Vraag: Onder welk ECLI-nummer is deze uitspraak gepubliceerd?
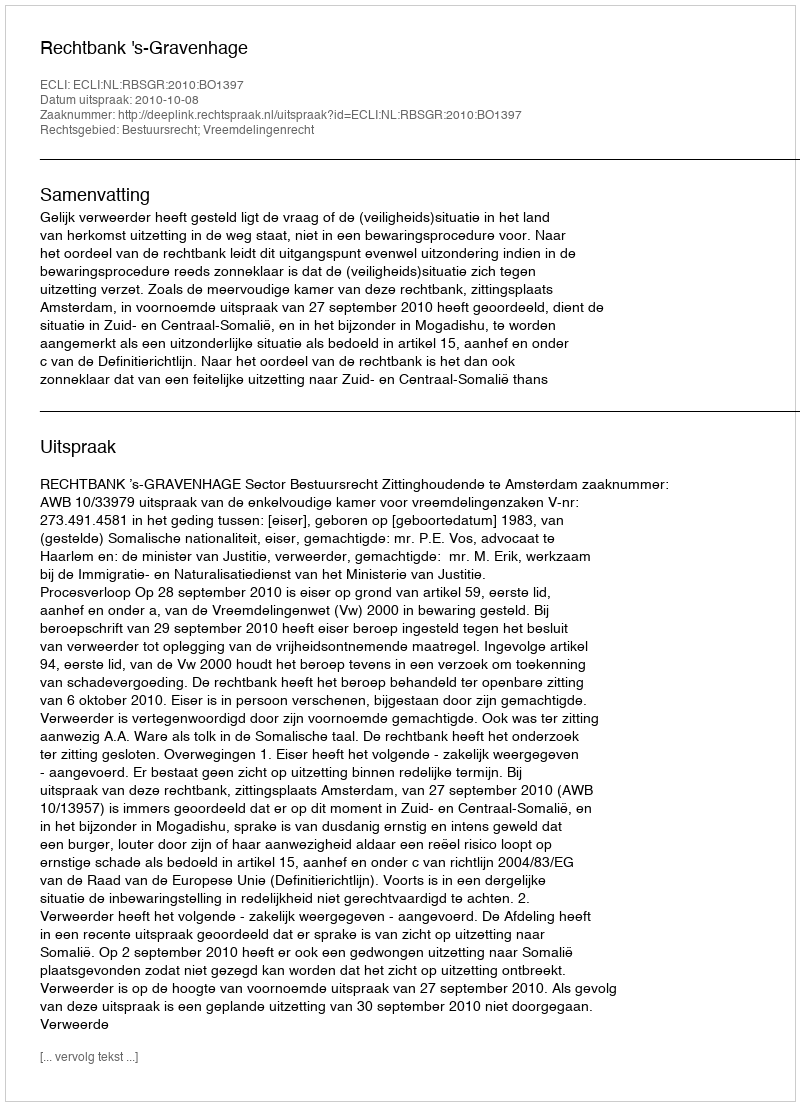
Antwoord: ECLI:NL:RBSGR:2010:BO1397